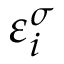
\varepsilon _ { i } ^ { \sigma }